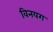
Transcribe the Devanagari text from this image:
विनयग